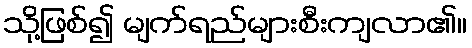
သို့ဖြစ်၍ မျက်ရည်များစီးကျလာ၏။